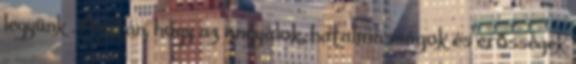
legyünk . Azután, hogy az angyalok, hatalmasságok és erősségek